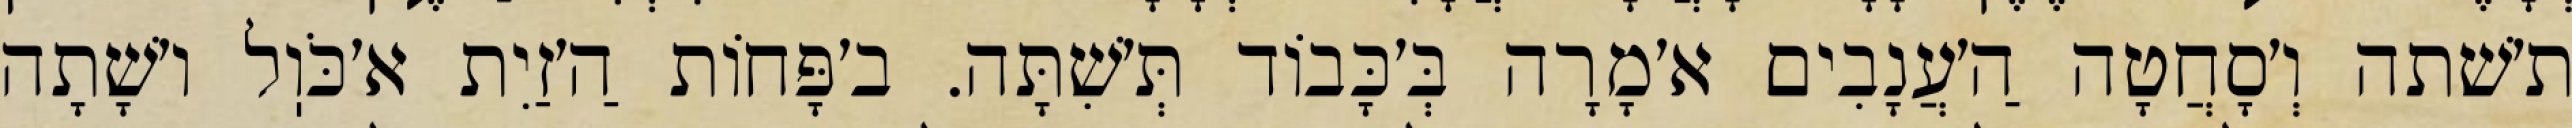
ת׳שׁתה וְ׳סָחֲטָה הַ׳עֲנָבִים א׳מָרָה בְּ׳כָּבוֹד תְּ׳שִׁתָּה. ב׳פָּחוֹת הַ׳זַיִת א׳כֹּוֽל ו׳שָׁתָה